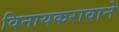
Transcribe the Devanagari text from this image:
विनायकरावाने